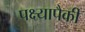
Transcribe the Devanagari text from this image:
पक्ष्यापैकी